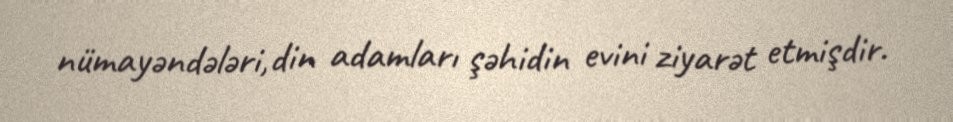
nümayəndələri,din adamları şəhidin evini ziyarət etmişdir.